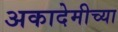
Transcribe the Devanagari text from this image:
अकादेमीच्या